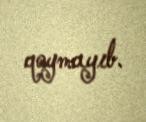
qoymayıb.